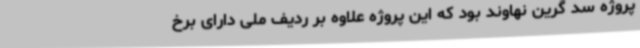
پروژه سد گرین نهاوند بود که این پروژه علاوه بر ردیف ملی دارای برخ